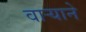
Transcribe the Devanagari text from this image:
वार्‍याने